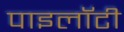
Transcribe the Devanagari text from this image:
पाइलॉटी